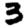
Digit: 3